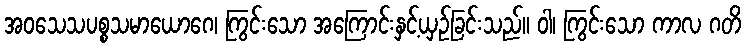
အဝသေသပစ္စသမာယောဂေ၊ ကြွင်းသော အကြောင်းနှင့်ယှဉ်ခြင်းသည်။ ဝါ၊ ကြွင်းသော ကာလ ဂတိ